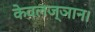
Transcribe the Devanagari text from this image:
केवलज्ञान।